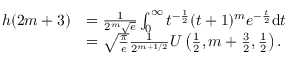
\begin{array} { r l } { h ( 2 m + 3 ) } & { = \frac { 1 } { 2 ^ { m } \sqrt { e } } \int _ { 0 } ^ { \infty } t ^ { - \frac { 1 } { 2 } } ( t + 1 ) ^ { m } e ^ { - \frac { t } { 2 } } \mathrm { d } t } \\ & { = \sqrt { \frac { \pi } { e } } \frac { 1 } { 2 ^ { m + 1 / 2 } } U \left( \frac { 1 } { 2 } , m + \frac { 3 } { 2 } , \frac { 1 } { 2 } \right) . } \end{array}